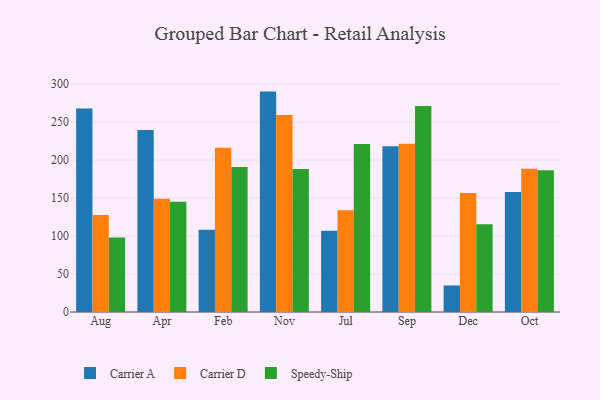
{"axis": {"x": "Month", "y": "Satisfaction Score"}, "legend": ["Carrier A", "Carrier D", "Speedy-Ship"], "data": [{"x": "Aug", "y": 268.0, "type": "Carrier A"}, {"x": "Aug", "y": 127.7, "type": "Carrier D"}, {"x": "Aug", "y": 98.0, "type": "Speedy-Ship"}, {"x": "Apr", "y": 239.6, "type": "Carrier A"}, {"x": "Apr", "y": 149.2, "type": "Carrier D"}, {"x": "Apr", "y": 145.0, "type": "Speedy-Ship"}, {"x": "Feb", "y": 108.3, "type": "Carrier A"}, {"x": "Feb", "y": 216.2, "type": "Carrier D"}, {"x": "Feb", "y": 190.9, "type": "Speedy-Ship"}, {"x": "Nov", "y": 290.1, "type": "Carrier A"}, {"x": "Nov", "y": 259.2, "type": "Carrier D"}, {"x": "Nov", "y": 188.1, "type": "Speedy-Ship"}, {"x": "Jul", "y": 106.8, "type": "Carrier A"}, {"x": "Jul", "y": 133.8, "type": "Carrier D"}, {"x": "Jul", "y": 221.1, "type": "Speedy-Ship"}, {"x": "Sep", "y": 218.1, "type": "Carrier A"}, {"x": "Sep", "y": 221.6, "type": "Carrier D"}, {"x": "Sep", "y": 271.1, "type": "Speedy-Ship"}, {"x": "Dec", "y": 34.9, "type": "Carrier A"}, {"x": "Dec", "y": 156.7, "type": "Carrier D"}, {"x": "Dec", "y": 115.6, "type": "Speedy-Ship"}, {"x": "Oct", "y": 158.0, "type": "Carrier A"}, {"x": "Oct", "y": 188.5, "type": "Carrier D"}, {"x": "Oct", "y": 186.6, "type": "Speedy-Ship"}]}